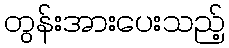
တွန်းအားပေးသည့်